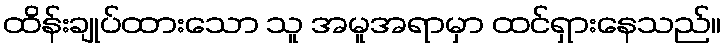
ထိန်းချုပ်ထားသော သူ အမူအရာမှာ ထင်ရှားနေသည်။